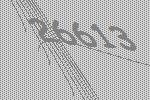
26613